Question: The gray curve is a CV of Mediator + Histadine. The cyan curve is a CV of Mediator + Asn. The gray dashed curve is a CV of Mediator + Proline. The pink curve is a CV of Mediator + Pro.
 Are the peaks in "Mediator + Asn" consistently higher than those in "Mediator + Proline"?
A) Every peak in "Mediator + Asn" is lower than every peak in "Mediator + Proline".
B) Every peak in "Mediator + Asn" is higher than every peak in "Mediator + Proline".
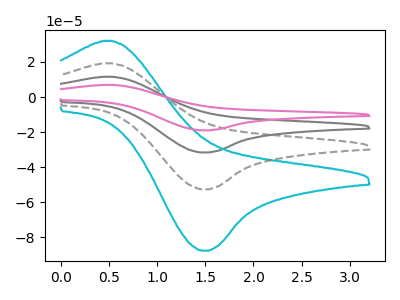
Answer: <think>The gray curve "Mediator + Histadine" has an anodic peak at (0.50V, 38.60uA) and a cathodic peak at (1.50V, -105.40uA). The cyan curve "Mediator + Asn" has an anodic peak at (0.50V, 32.10uA) and a cathodic peak at (1.50V, -87.75uA). The gray dashed curve "Mediator + Proline" has an anodic peak at (0.50V, 19.30uA) and a cathodic peak at (1.50V, -52.70uA). The pink curve "Mediator + Pro" has an anodic peak at (0.50V, 57.90uA) and a cathodic peak at (1.50V, -158.10uA).</think>
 <answer>B) Every peak in "Mediator + Asn" is higher than every peak in "Mediator + Proline".</answer>
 <eval>B</eval>